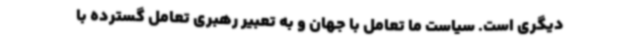
دیگری است. سیاست ما تعامل با جهان و به تعبیر رهبری تعامل گسترده با